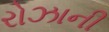
રોઝાની